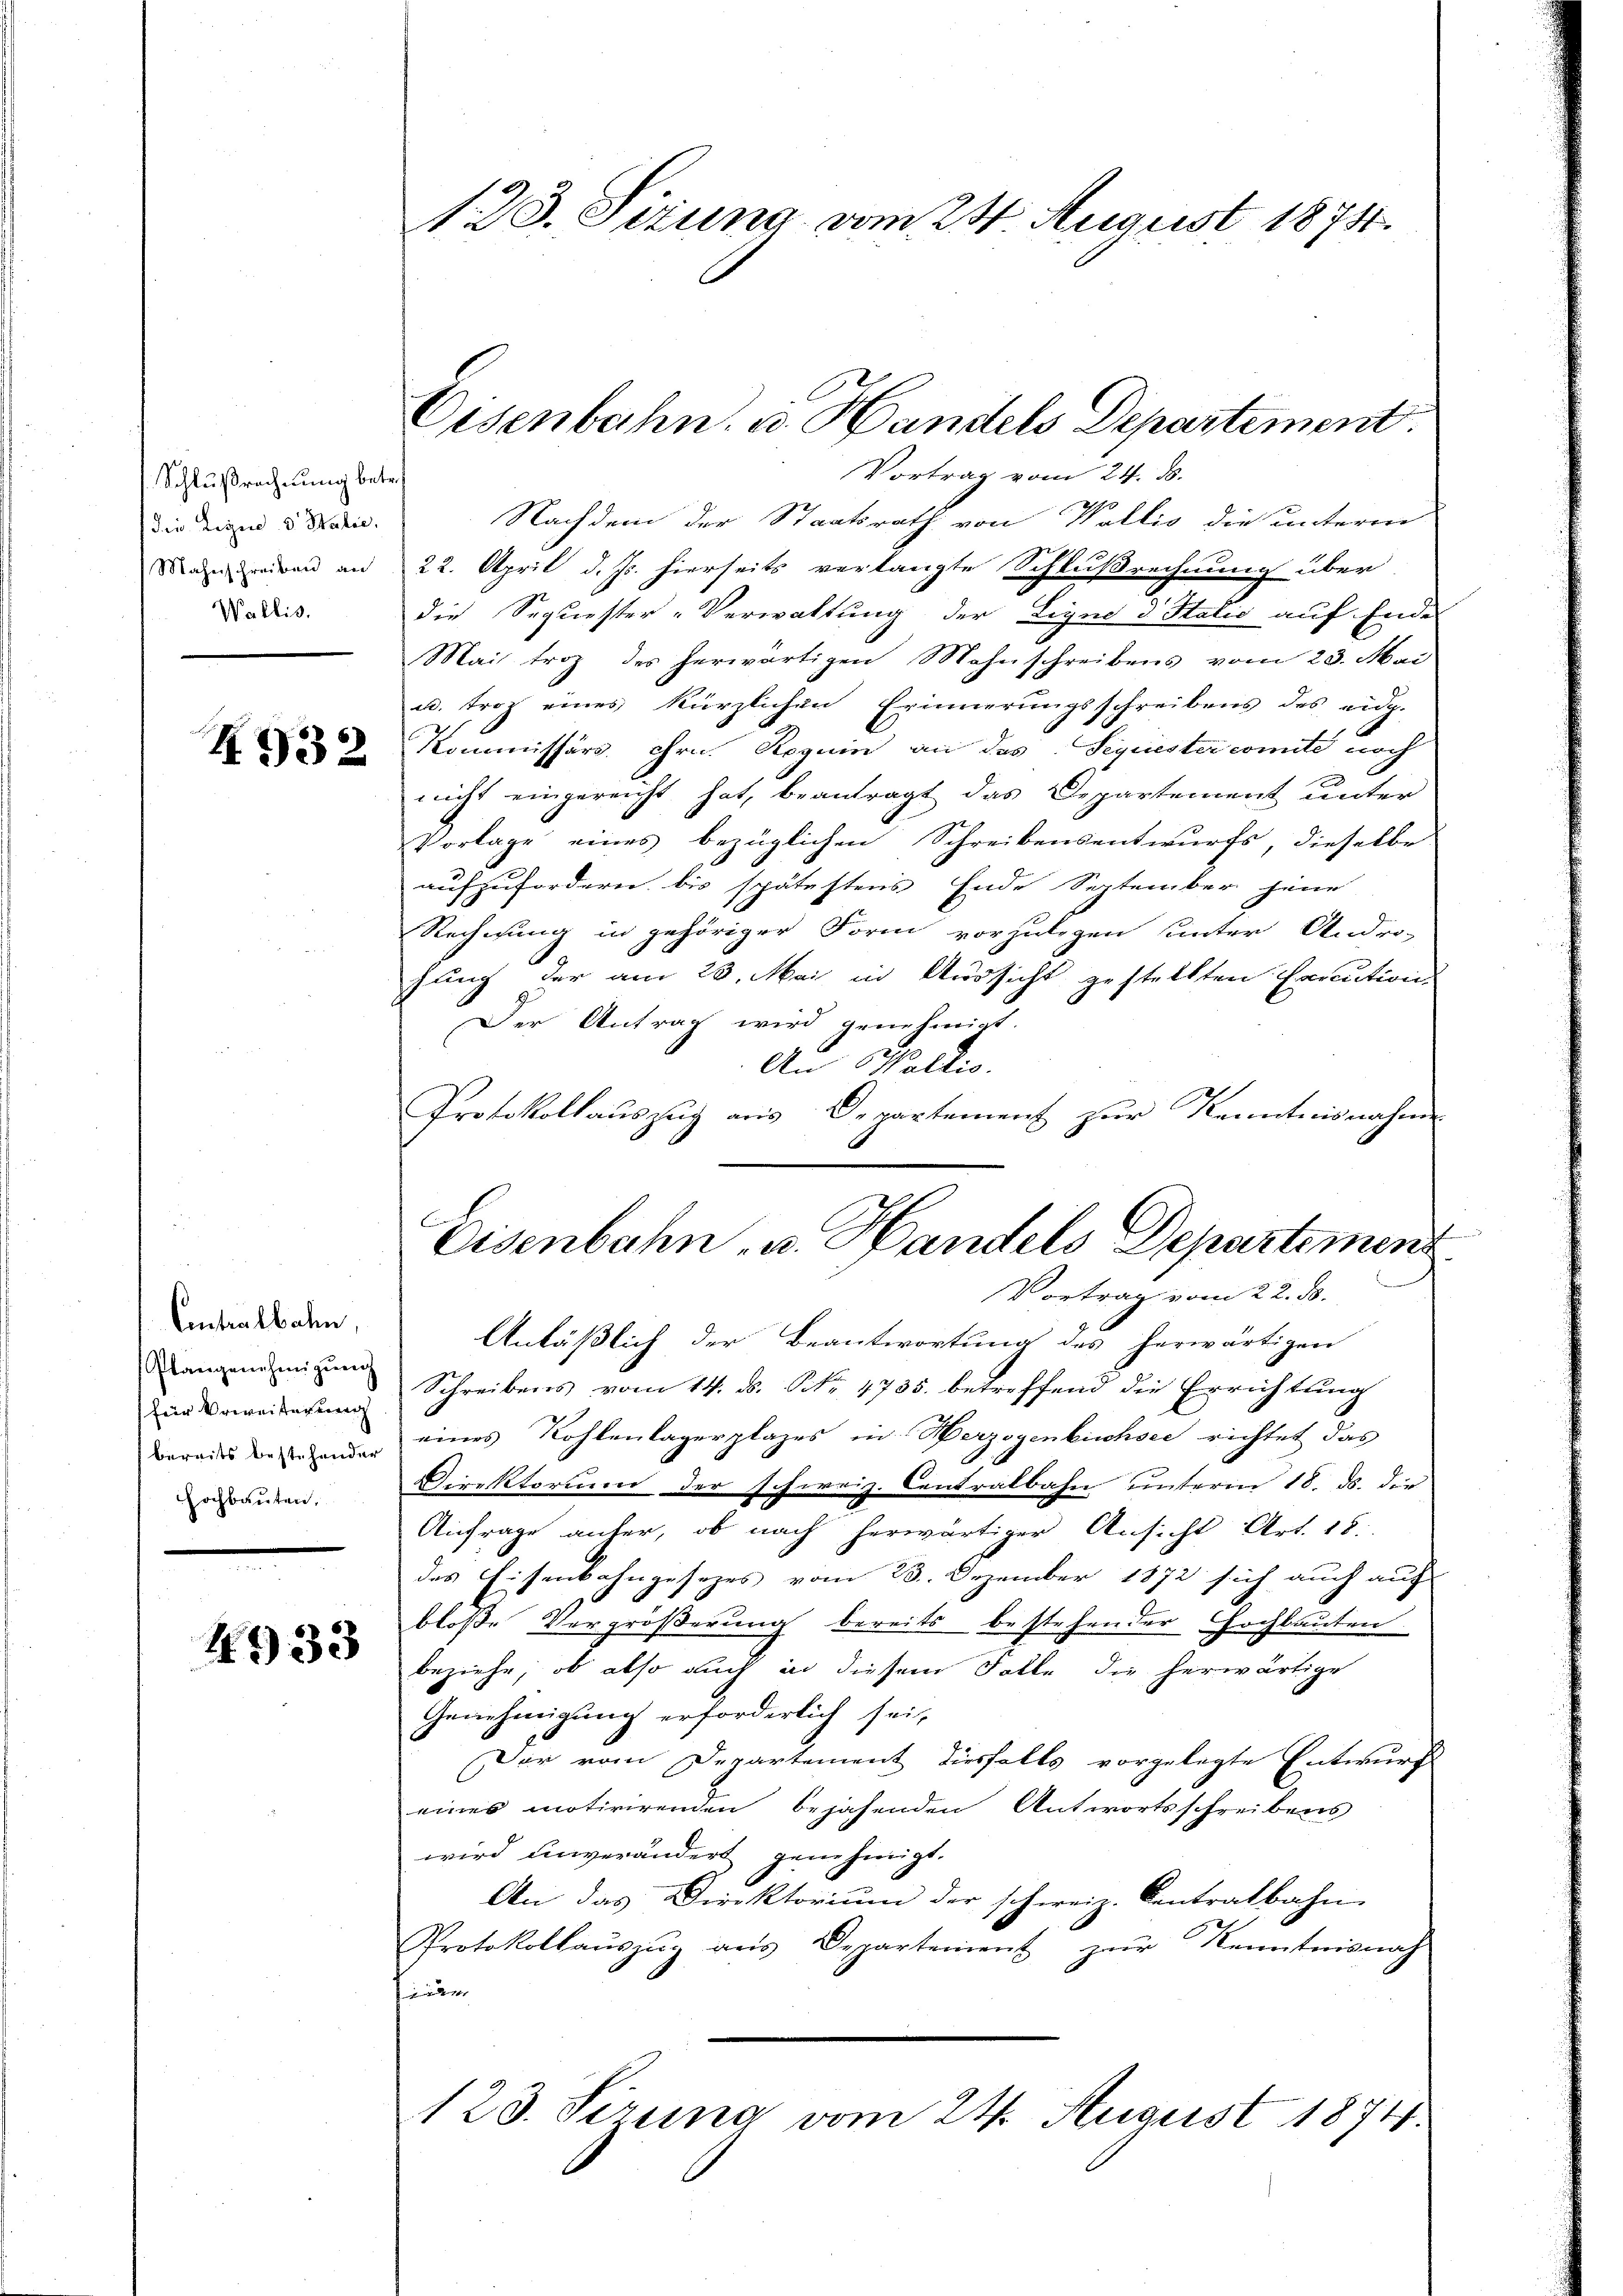
Schlußrechnung betre
die Ligno d. Balić,
Mahnschreiben an
Wallis.

4932

Contralbahn,
Plangenehmigung
für Verweiterung
bereits bestehender
Hochbauten,

4933

123. Sizung vom 24. August 1874.

Eisenbahn u. Handels Departement.

Vortrag vom 24. ds.
Nachdem der Staatsrath von Wallis die unterm
22. April d. Js. hierseits verlangte Schlußrechnung über
die Sequester-Verwaltung der Ligne 3 Statio auf Ende
Mais trotz des herwärtigen Mahnschreibens vom 23. Mai
u. troz eines kürzlichen Erinnerungsschreibens des eidg.
Kommissärs Hrn. Roguin an das Sequester comite noch
nicht eingereicht hat, beantragt das Departement unter
Vorlage eines bezüglichen Schreibensentwurfs, dieselbe
aufzufordern bis spätestens Ende September jene
Rechnung in gehöriger Form vorhutigen unter Andro-
S
hung der am 23. Mai in Aussicht gestellten Execution
Der Antrag wird genehmigt.
An Wallis.
Protokollauszug aus Departement zur Kenntnisnahme
Anläßlich der Beantwortung des herwärtigen
Schreibens vom 14. ds. No. 4735. betreffend die Errichtung
eines Kohlenlagerplazes in Herzogenbüchsee richtet das
Direktorium der schweiz. Centralbahn unterm 18. ds. die
Anfrage anter, ob nach herwärtiger Ansicht Art. 18.
des Eisenbahngesezes vom 23. Dezember 1872 sich auch auf
bloße Vergrößerung bereits bestehender Hochbauten
beziehe, ob also auch in diesem Falle die herwärtige
Genehmigung erforderlich sei,
Der vom Departement diesfalls vorgelegte Entwurf
eines motivirenden bejahenden Antwortsschreibens
wird unverändert genehmigt.
An das Direktorium der schweiz. Centratbahn
Protokollauszug aus Departement zur Kenntnisnah
d
123. Sirung vom 24. August 1874.

Eisenbahn u. Handels Departemend
Vortrag vom 22. d.